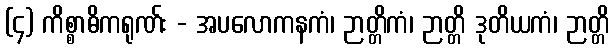
(၄) ကိစ္စာဓိကရုဏ်း - အပလောကနကံ၊ ဉာတ္တိကံ၊ ဉာတ္တိ ဒုတိယကံ၊ ဉာတ္တိ